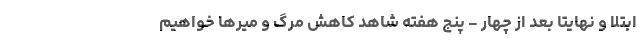
ابتلا و نهایتا بعد از چهار - پنج هفته شاهد کاهش مرگ و میرها خواهیم